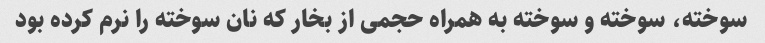
سوخته، سوخته و سوخته به همراه حجمی از بخار که نان سوخته را نرم کرده بود